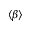
\langle \beta \rangle